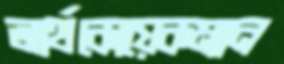
আর্থকোয়েকম্যান